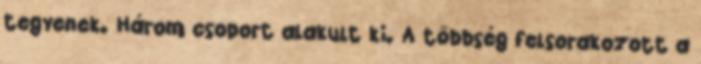
tegyenek. Három csoport alakult ki. A többség felsorakozott a